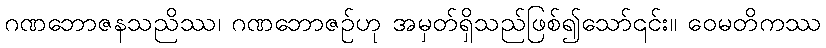
ဂဏဘောဇနသညိဿ၊ ဂဏဘောဇဉ်ဟု အမှတ်ရှိသည်ဖြစ်၍သော်၎င်း။ ဝေမတိကဿ